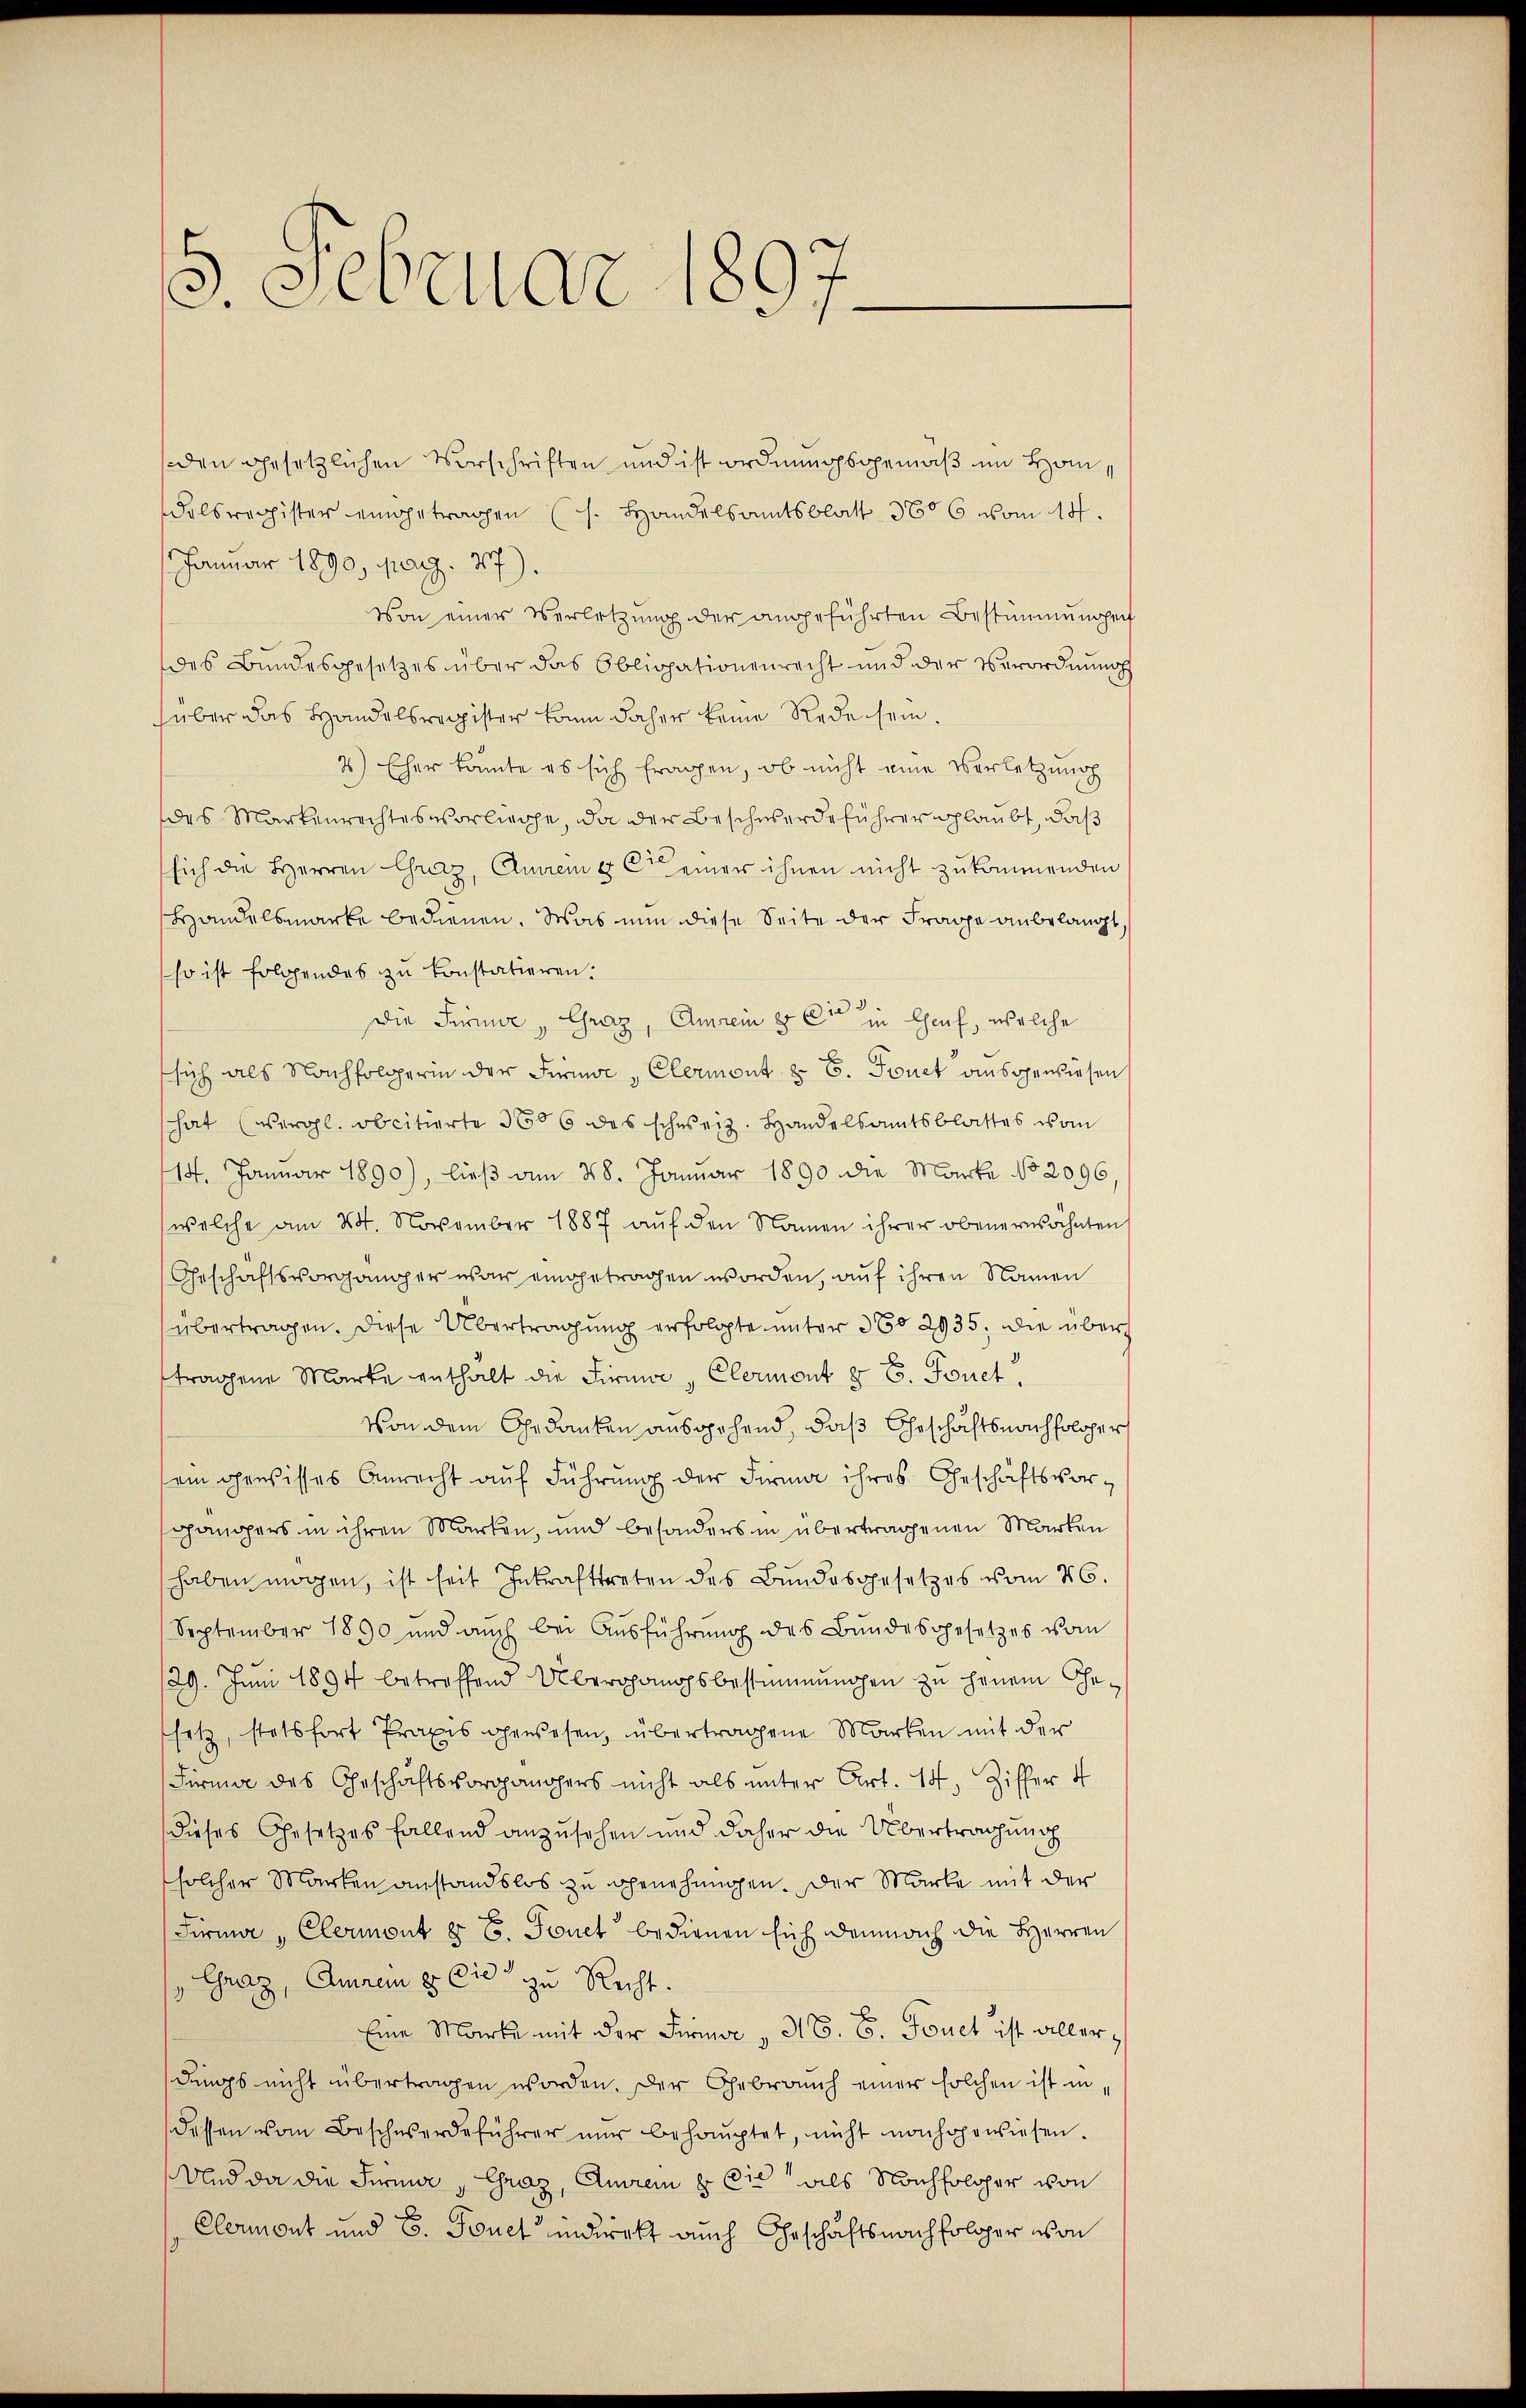
5. Februar 1897

den gesetzlichen Vorschriften und ist ordnungsgemäß im Homdelsregister eingetragen (s. Handelsamtsblatt 3606 vom 14.
Januar 1890, pag. 77).
Von einer Verletzŭng der angeführten Bestimmungen
des Bundesgesetzes über das Obligationenrecht und der Verordnung
über das Handelsregister kann daher keine Rede sein.
2) Eher könnte es sich fragen, ob nicht eine Verletzung
des Markenrechtes vorliege, da der Beschwerde führer glaubt, daß
sich die Herren Graz, Querem er einer ihnen nicht zukommenden
Handelsmarke bedienen. Was nun diese Seite der Frage anbelangt,
so ist folgendes zu konstatieren.
Die Feine, Graz, Amrein & Cie in Genf, welche
sich als Nachfolgerin der Firne, Clermont z. B. Feuet ausgewiesen
hat (vergl. obcitierte 366 des schweiz. Handelsamtsblattes vom
114. Januar 1890), ließ am 28. Januar 1890 die Marke No 2096
welche am 24. November 1887 auf den Namen ihrer obenerwähnten
Geschäftsvorgänger war eingetragen worden, auf ihren Namen
übertragen. Diese Übertragung erfolgte unter 360 2935, die übertragene Marke enthält die Firn, Clermont § 6. Feuet
von dem Gedanken ausgehend, daß Geschaftsnachfolger
sein gewisses Anrecht auf Führung der Firma ihres Geschäftsvorgängers in ihren Marken, und besonders in übertragenen Marken
haben mögen, ist seit Inkrafttreten des Bundesgesetzes vom 26.
September 1890 und auch bei Aŭsführŭng des Bundesgesetzes vom
29. Juni 1894 betroffend Übergangsbestimmungen zu jenem Gesetz, stetsfort Praxis gewesen, übertragene Marken mit der
Firma des Eheschäftsvorgängers nicht als unter Art. 14, Ziffer 4
dieses Gesetzes fallend anzusehen und daher die Übertragung
solcher Marken anstandslos zu genehmigen. Der Marke mit der
Firma " Clermont z. B. Sonet bedienen sich demnach die Herren
Graz, Anrem 8. Die zu Recht.
Eine Marke mit der Firma „ NB. 6. Fouct ist allerdings nicht übertragen worden. Der Gebrauch einer solchen ist in
dessen vom Beschwerdeführer nŭr behauptet, nicht nachgewiesen.
Und da die Ferner „Graz, Anrein & Cie als Nachfolger von
Cleront und 8. Touet, indirekt auch Geschäftsnachfolger von